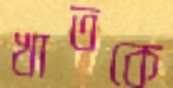
খাতকে